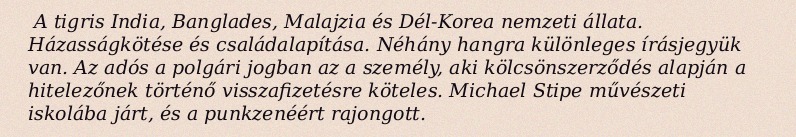
A tigris India, Banglades, Malajzia és Dél-Korea nemzeti állata. Házasságkötése és családalapítása. Néhány hangra különleges írásjegyük van. Az adós a polgári jogban az a személy, aki kölcsönszerződés alapján a hitelezőnek történő visszafizetésre köteles. Michael Stipe művészeti iskolába járt, és a punkzenéért rajongott.